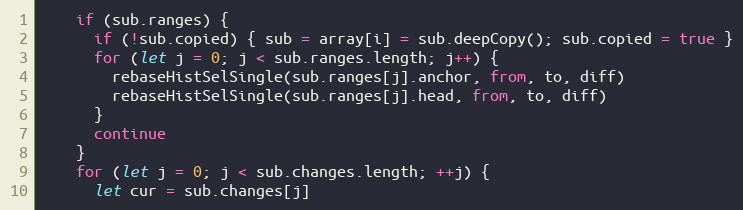
Language: JavaScript
    if (sub.ranges) {
      if (!sub.copied) { sub = array[i] = sub.deepCopy(); sub.copied = true }
      for (let j = 0; j < sub.ranges.length; j++) {
        rebaseHistSelSingle(sub.ranges[j].anchor, from, to, diff)
        rebaseHistSelSingle(sub.ranges[j].head, from, to, diff)
      }
      continue
    }
    for (let j = 0; j < sub.changes.length; ++j) {
      let cur = sub.changes[j]